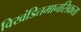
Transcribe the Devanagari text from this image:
विखंडितमानसिकता